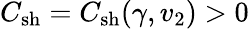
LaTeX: C_{\mathrm{sh}}=C_{\mathrm{sh}}(\gamma,v_{2})>0